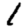
Digit: 1